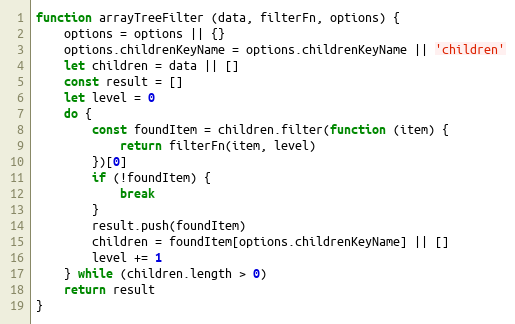
Language: JavaScript
function arrayTreeFilter (data, filterFn, options) {
    options = options || {}
    options.childrenKeyName = options.childrenKeyName || 'children'
    let children = data || []
    const result = []
    let level = 0
    do {
        const foundItem = children.filter(function (item) {
            return filterFn(item, level)
        })[0]
        if (!foundItem) {
            break
        }
        result.push(foundItem)
        children = foundItem[options.childrenKeyName] || []
        level += 1
    } while (children.length > 0)
    return result
}